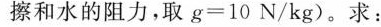
擦和水的阻力，取g=10N/kg)。求：